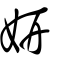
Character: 妍